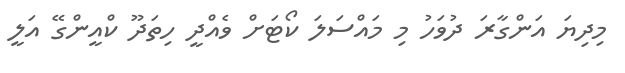
މިދިޔަ އަންގާރަ ދުވަހު މި މައްސަލަ ކޯޓަށް ވެއްދީ ހިތަދޫ ކްއީންގޭ އަލީ